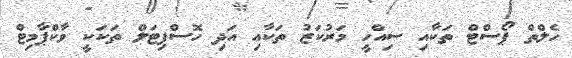
ހެލްތް ޕޯސްޓް ތަކާއި ސިއްހީ މަރުކަޒު ތަކާއި އަދި ހޮސްޕިޓަލް ތަކަކީ ވާކްޕާމިޓް